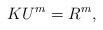
\begin{align*}K U^m=R^m,\end{align*}